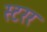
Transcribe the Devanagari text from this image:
स्टरर